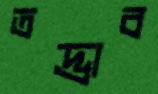
তদ্ভাব